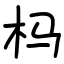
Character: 杩